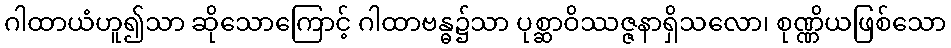
ဂါထာယံဟူ၍သာ ဆိုသောကြောင့် ဂါထာဗန္ဓ၌သာ ပုစ္ဆာဝိဿဇ္ဇနာရှိသလော၊ စုဏ္ဏိယဖြစ်သော